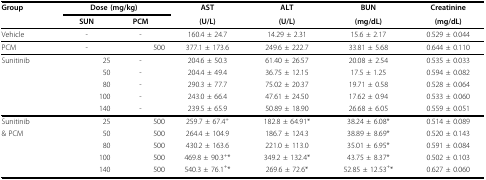
<table><thead><tr><td><b>Group</b></td><td colspan="2"><b>Dose (mg/kg)</b></td><td><b>AST</b></td><td><b>ALT</b></td><td><b>BUN</b></td><td><b>Creatinine</b></td></tr><tr><td></td><td><b>SUN</b></td><td><b>PCM</b></td><td><b>(U/L)</b></td><td><b>(U/L)</b></td><td><b>(mg/dL)</b></td><td><b>(mg/dL)</b></td></tr></thead><tbody><tr><td>Vehicle</td><td>-</td><td>-</td><td>160.4 ± 24.7</td><td>14.29 ± 2.31</td><td>15.6 ± 2.17</td><td>0.529 ± 0.044</td></tr><tr><td>PCM</td><td>-</td><td>500</td><td>377.1 ± 173.6</td><td>249.6 ± 222.7</td><td>33.81 ± 5.68</td><td>0.644 ± 0.110</td></tr><tr><td>Sunitinib</td><td>25</td><td>-</td><td>204.6 ± 50.3</td><td>61.40 ± 26.57</td><td>20.08 ± 2.54</td><td>0.535 ± 0.033</td></tr><tr><td></td><td>50</td><td>-</td><td>204.4 ± 49.4</td><td>36.75 ± 12.15</td><td>17.5 ± 1.25</td><td>0.594 ± 0.082</td></tr><tr><td></td><td>80</td><td>-</td><td>290.3 ± 77.7</td><td>75.02 ± 20.37</td><td>19.71 ± 0.58</td><td>0.528 ± 0.064</td></tr><tr><td></td><td>100</td><td>-</td><td>243.0 ± 66.4</td><td>47.61 ± 24.50</td><td>17.62 ± 0.94</td><td>0.533 ± 0.060</td></tr><tr><td></td><td>140</td><td>-</td><td>239.5 ± 65.9</td><td>50.89 ± 18.90</td><td>26.68 ± 6.05</td><td>0.559 ± 0.051</td></tr><tr><td>Sunitinib</td><td>25</td><td>500</td><td>259.7 ± 67.4<sup>+</sup></td><td>182.8 ± 64.91*</td><td>38.24 ± 6.08*</td><td>0.514 ± 0.089</td></tr><tr><td>&amp; PCM</td><td>50</td><td>500</td><td>264.4 ± 104.9</td><td>186.7 ± 124.3</td><td>38.89 ± 8.69*</td><td>0.520 ± 0.143</td></tr><tr><td></td><td>80</td><td>500</td><td>430.2 ± 163.6</td><td>221.0 ± 113.0</td><td>35.01 ± 6.95*</td><td>0.591 ± 0.084</td></tr><tr><td></td><td>100</td><td>500</td><td>469.8 ± 90.3<sup>+</sup>*</td><td>349.2 ± 132.4*</td><td>43.75 ± 8.37*</td><td>0.502 ± 0.103</td></tr><tr><td></td><td>140</td><td>500</td><td>540.3 ± 76.1<sup>+</sup>*</td><td>269.6 ± 72.6*</td><td>52.85 ± 12.53<sup>+</sup>*</td><td>0.627 ± 0.060</td></tr></tbody></table>